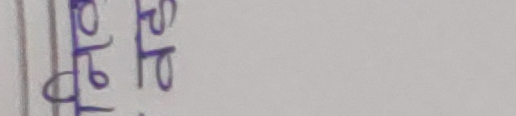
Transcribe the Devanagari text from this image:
टोपो सेपे